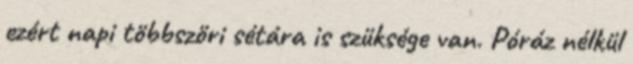
ezért napi többszöri sétára is szüksége van. Póráz nélkül